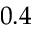
0 . 4